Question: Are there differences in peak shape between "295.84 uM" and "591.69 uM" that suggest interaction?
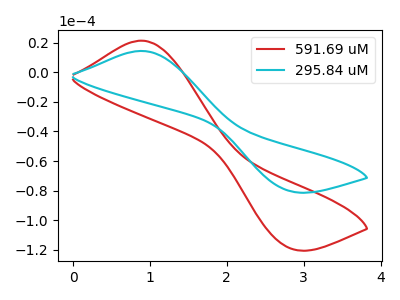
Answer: <think>The red curve "591.69 uM" has an anodic peak at (0.90V, 21.40uA) and a cathodic peak at (2.80V, -118.90uA). The cyan curve "295.84 uM" has an anodic peak at (0.90V, 14.45uA) and a cathodic peak at (2.80V, -80.25uA).
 All the peaks in "295.84 uM" have a peak in "591.69 uM" at the same potential. Every peak in "295.84 uM" is lower than every peak in "591.69 uM".</think>
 <answer>No, "295.84 uM" and "591.69 uM" don't appear to be significantly different in shape</answer>
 <eval>no_change</eval>